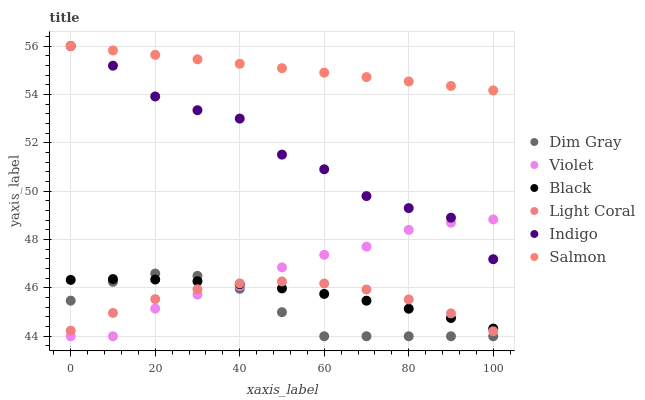
| xaxis_label | Dim Gray | Violet | Black | Light Coral | Indigo | Salmon |
 | --- | --- | --- | --- | --- | --- | --- |
 | 0 | 45.5 | 44 | 46.3 | 44.2 | 56 | 56 |
 | 10 | 46.3 | 44 | 46.4 | 45 | 55.2 | 55.8 |
 | 20 | 46.6 | 45.1 | 46.3 | 45.5 | 53.9 | 55.6 |
 | 30 | 46.5 | 45.7 | 46.3 | 45.9 | 53.3 | 55.4 |
 | 40 | 46 | 46.1 | 46.2 | 46.2 | 53 | 55.3 |
 | 50 | 45 | 46.8 | 46 | 46.3 | 51.5 | 55.1 |
 | 60 | 44 | 47.4 | 45.8 | 46.2 | 50.9 | 54.9 |
 | 70 | 44 | 47.7 | 45.5 | 45.9 | 49.8 | 54.7 |
 | 80 | 44 | 48.4 | 45.1 | 45.5 | 49.3 | 54.5 |
 | 90 | 44 | 48.7 | 44.8 | 44.9 | 48.9 | 54.3 |
 | 100 | 44 | 48.8 | 44.3 | 44.2 | 47.2 | 54.2 |